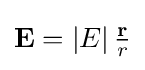
{\textstyle \mathbf {E} =\left|E\right|{\frac {\mathbf {r} }{r}}}